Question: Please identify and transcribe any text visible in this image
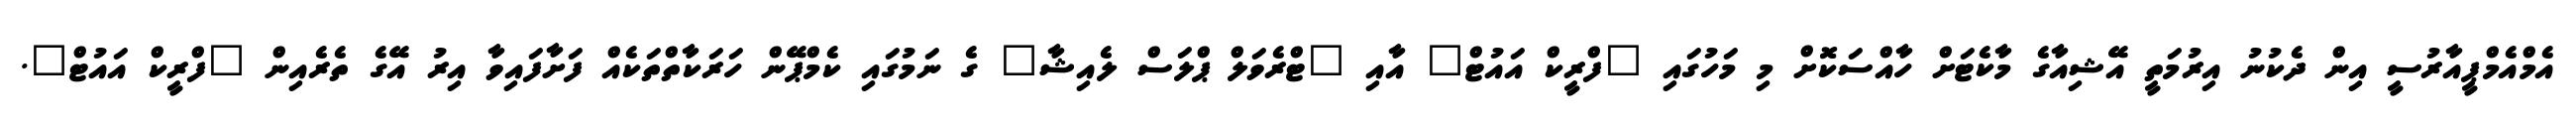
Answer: އެމްއެމްޕީއާރުސީ އިން ދެކުނު އިރުމަތީ އޭޝިއާގެ މާކެޓަށް ހާއްސަކޮށް މި މަހުގައި "ފްރީކް އައުޓް" އާއި "ޓްރެވަލް ޕްލަސް ލެއިޝާ" ގެ ނަމުގައި ކެމްޕޭން ހަރަކާތްތަކެއް ފަށާފައިވާ އިރު އޭގެ ތެރެއިން "ފްރީކް އައުޓް".